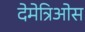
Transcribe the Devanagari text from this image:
देमेत्रिओस